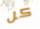
كل